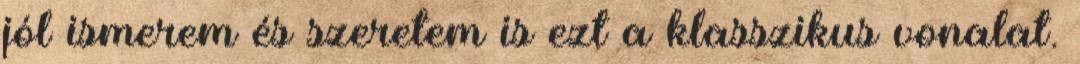
jól ismerem és szeretem is ezt a klasszikus vonalat.